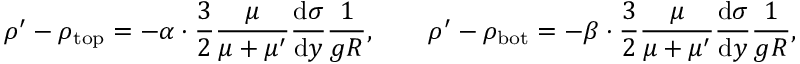
\rho ^ { \prime } - \rho _ { \mathrm { t o p } } = - \alpha \cdot \frac { 3 } { 2 } \frac { \mu } { \mu + \mu ^ { \prime } } \frac { \mathrm { d } \sigma } { \mathrm { d } y } \frac { 1 } { g R } , \quad \quad \rho ^ { \prime } - \rho _ { \mathrm { b o t } } = - \beta \cdot \frac { 3 } { 2 } \frac { \mu } { \mu + \mu ^ { \prime } } \frac { \mathrm { d } \sigma } { \mathrm { d } y } \frac { 1 } { g R } ,